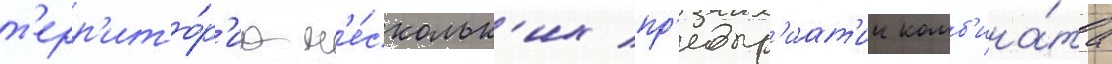
т'ерр'ито́р'иа н'е́скольк'их пр'едпр'иат'ии комб'ина́та